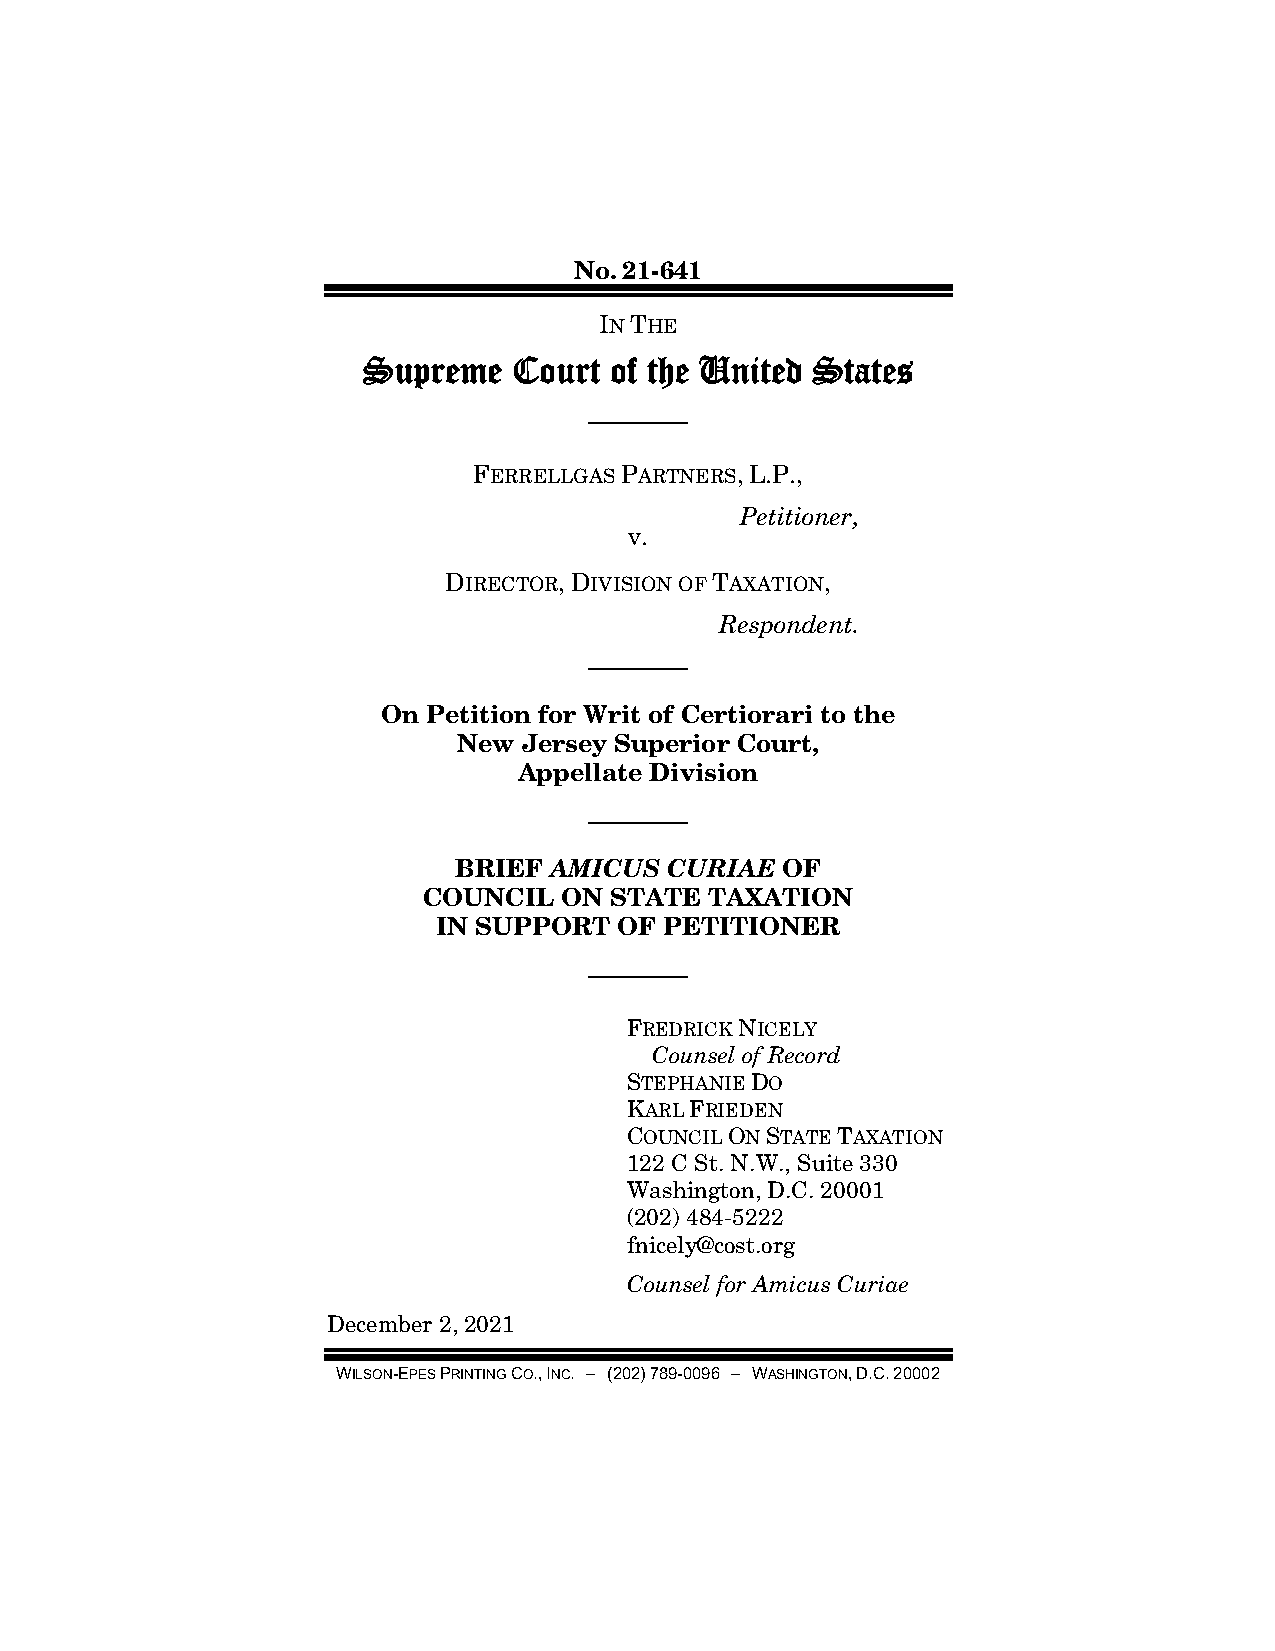
No. 21-641
 IN THE
 Supreme   Court of the United States
 ————
 FERRELLGAS PARTNERS, L.P.,
 Petitioner,
 v.
 DIRECTOR, DIVISION OF TAXATION,
 Respondent.
 ————
 On Petition for Writ of Certiorari to the
 New  Jersey Superior Court,
 Appellate Division
 ————
 BRIEF AMICUS  CURIAE  OF
 COUNCIL  ON STATE  TAXATION
 IN SUPPORT  OF PETITIONER
 ————
 FREDRICK NICELY
 Counsel of Record
 STEPHANIE DO
 KARL FRIEDEN
 COUNCIL ON STATE TAXATION
 122 C St. N.W., Suite 330
 Washington, D.C. 20001
 (202) 484-5222
 fnicely@cost.org
 Counsel for Amicus Curiae
 December 2, 2021
 WILSON-EPES PRINTING CO., INC. – (202) 789-0096 – WASHINGTON, D.C. 20002